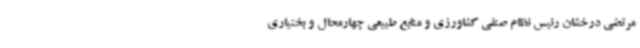
مرتضی درخشان رئیس نظام صنفی کشاورزی و منابع طبیعی چهارمحال و بختیاری